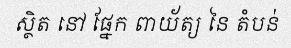
ស្ថិត នៅ ផ្នែក ពាយ័ត្យ នៃ តំបន់